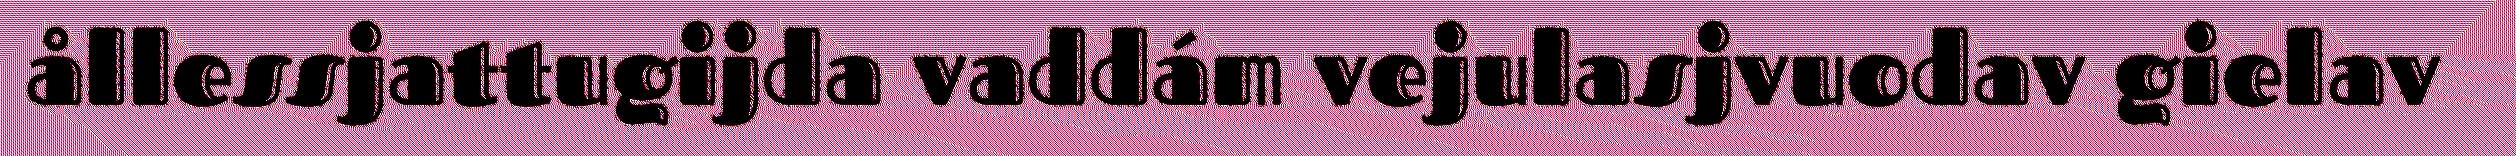
ållessjattugijda vaddám vejulasjvuodav gielav